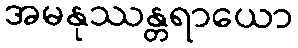
အမနုဿန္တရာယော